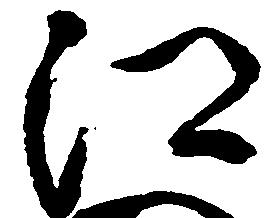
江